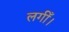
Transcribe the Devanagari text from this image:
लगीँ।